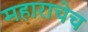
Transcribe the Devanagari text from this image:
महाराचेच